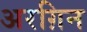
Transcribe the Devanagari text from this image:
अरग़िन